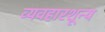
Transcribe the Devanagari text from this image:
व्यवहारशून्य